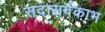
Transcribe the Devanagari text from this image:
सदासर्वकाभ